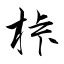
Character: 桛